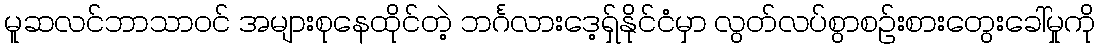
မူဆလင်ဘာသာဝင် အများစုနေထိုင်တဲ့ ဘင်္ဂလားဒေ့ရှ်နိုင်ငံမှာ လွတ်လပ်စွာစဉ်းစားတွေးခေါ်မှုကို